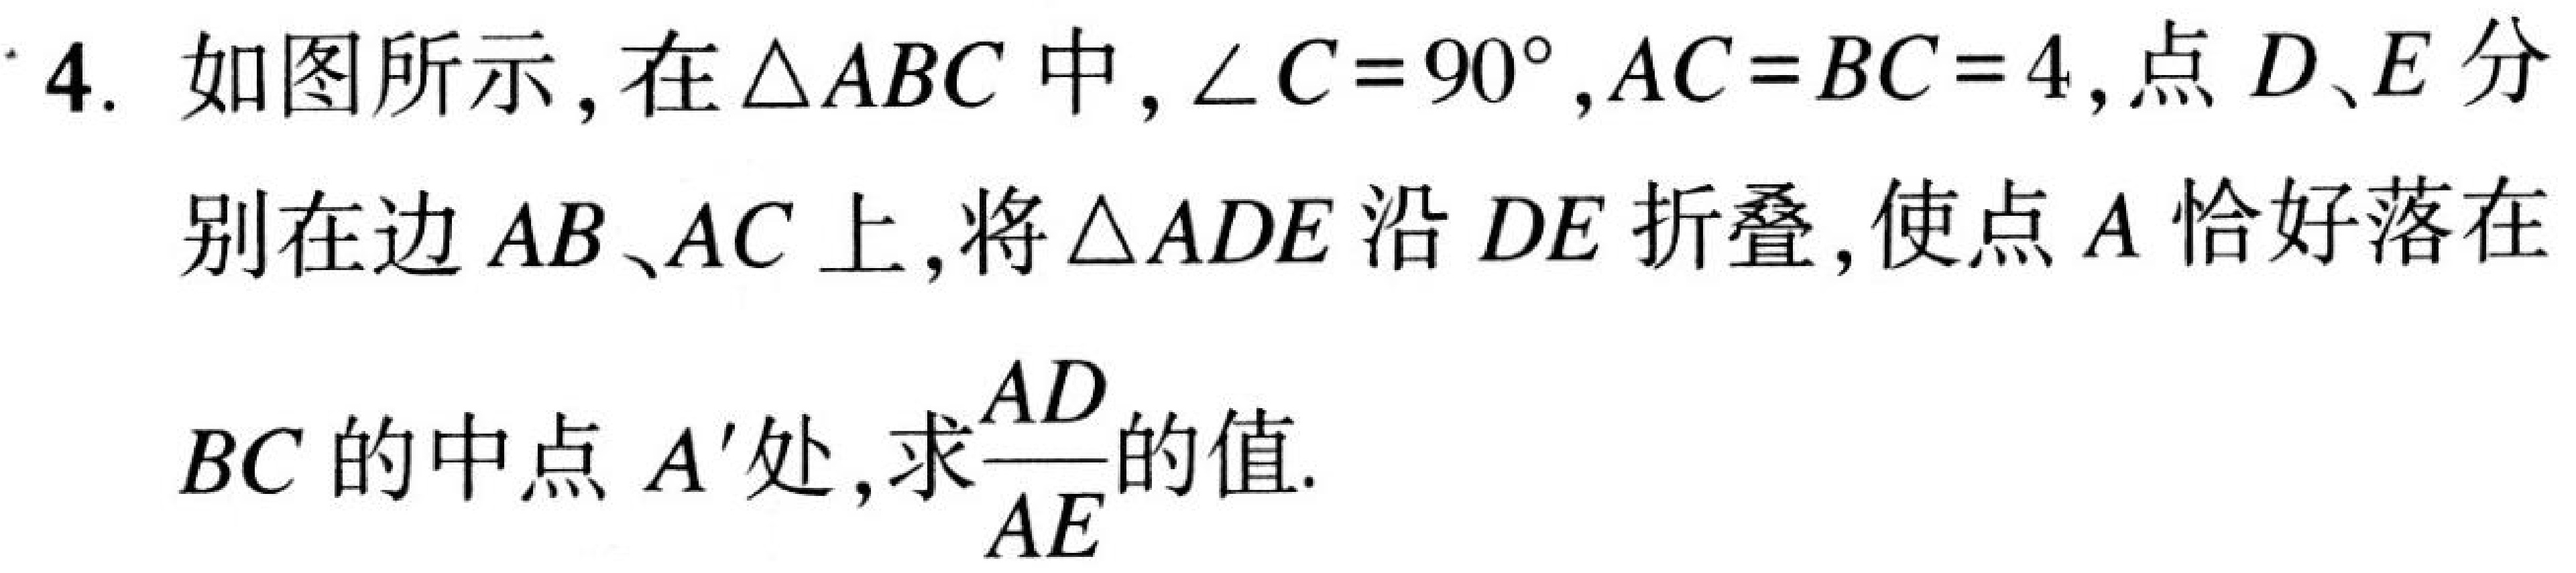
4. 如图所示，在\(\triangle ABC\)中，\(\angle C = 90^{\circ}\)，\(AC = BC = 4\)，点\(D、E\)分别在边\(AB、AC\)上，将\(\triangle ADE\)沿 \(DE\) 折叠，使点 \(A\) 恰好落在\(BC\)的中点 \(A'\)处，求\(\frac{AD}{AE}\)的值.